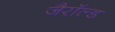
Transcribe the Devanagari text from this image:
जैरॉल्ड